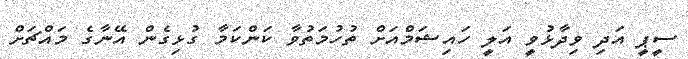
ސީޕީ އަދި ވިދާޅުވީ އަލީ ހައިޝަމްއަށް ތުހުމަތުވާ ކަންކަމާ ގުޅިގެން އޭނާގެ މައްޗަށް